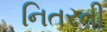
નિતરતી